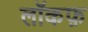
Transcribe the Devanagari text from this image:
लॉकफ़